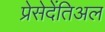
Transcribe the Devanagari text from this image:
प्रेसेदेंतिअल